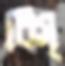
বিস্